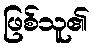
ဖြစ်သူ၏